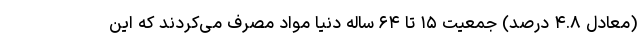
(معادل ۴.۸ درصد) جمعیت ۱۵ تا ۶۴ ساله دنیا مواد مصرف می‌کردند که این